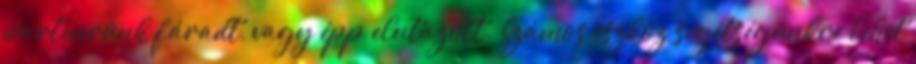
partnerünk fáradt, vagy épp elutazott. Számos eszköz segítségünkre lehet